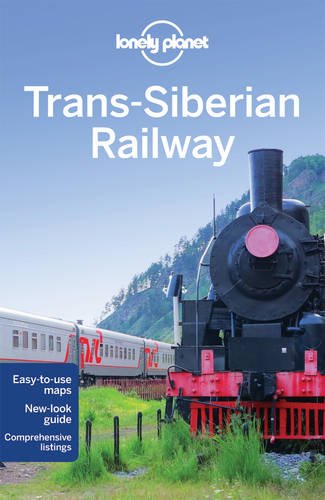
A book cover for Lonely Planet Trans-Siberian Railway (Travel Guide); Lonely Planet; Engineering & Transportation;